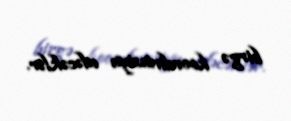
birgə koordinasiya edəcəklər.